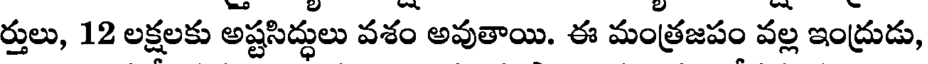
ర్తులు, 12 లక్షలకు అష్టసిద్ధులు వశం అవుతాయి. ఈ మంత్రజపం వల్ల ఇంద్రుడు,